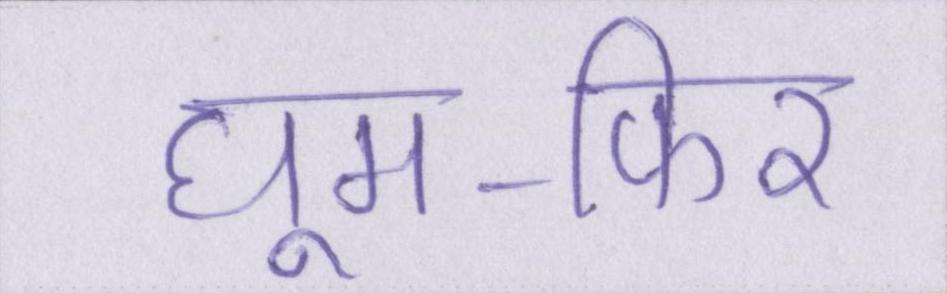
घूम-फिर